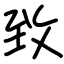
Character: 致